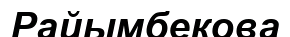
Райымбекова